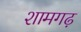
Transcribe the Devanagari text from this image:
शामगढ़